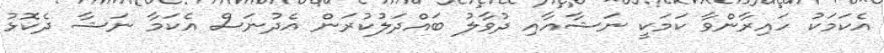
އެކަމަކު ހައިރާންވާ ކަމަކީ ނަޝާއާއި ދުވާލު ބައްދަލުކުރަން އެދުނަސް އެކަމާ ނަޝާ ދެކޮޅު